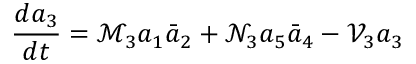
\frac { d a _ { 3 } } { d t } = { \mathcal { M } } _ { 3 } a _ { 1 } \bar { a } _ { 2 } + \mathcal { N } _ { 3 } a _ { 5 } \bar { a } _ { 4 } - \mathcal { V } _ { 3 } a _ { 3 }